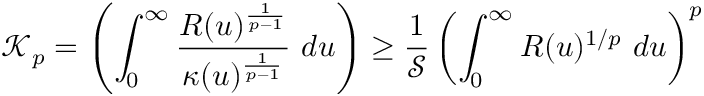
\mathscr { K } _ { p } = \left( \int _ { 0 } ^ { \infty } \frac { R ( u ) ^ { \frac { 1 } { p - 1 } } } { \kappa ( u ) ^ { \frac { 1 } { p - 1 } } } ~ d u \right) \geq \frac { 1 } { \mathscr { S } } \left( \int _ { 0 } ^ { \infty } R ( u ) ^ { 1 / p } ~ d u \right) ^ { p }